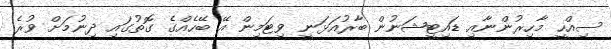
ސިއްހީ މާހިރުންނާއި ޑައިޓީޝަނުން ބާރުއަޅަނީ ވިޓަމިން އޭ ބޭހެއްގެ ގޮތުގައި ދިނުމަށް ވުރެ